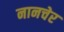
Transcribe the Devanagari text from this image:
नानचेर